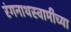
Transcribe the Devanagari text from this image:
रंगनाथस्वामीच्या